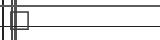
٧